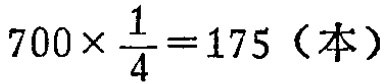
\(700\times \frac{1}{4}=175（本）\)